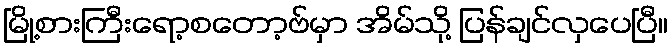
မြို့စားကြီးရော့စတော့ဗ်မှာ အိမ်သို့ ပြန်ချင်လှပေပြီ။